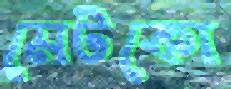
মেটকো